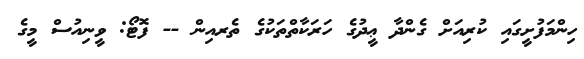
ހިންމަފުށީގައި ކުރިއަށް ގެންދާ ޢީދުގެ ހަރަކާތްތަކުގެ ތެރއިން -- ފޮޓޯ: ވީނިއުސް މީގެ